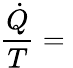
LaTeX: {\frac{\dot{Q}}{T}}={}